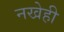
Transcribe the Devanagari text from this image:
नखेही